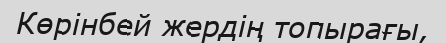
Көрінбей жердің топырағы,